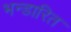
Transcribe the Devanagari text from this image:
भन्‍डारित